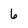
Character: 6